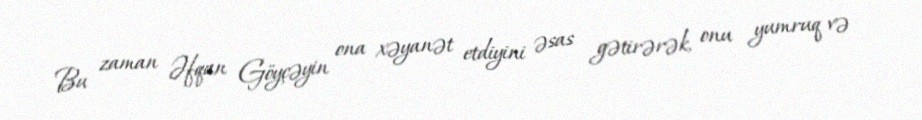
Bu zaman Əfqan Göyçəyin ona xəyanət etdiyini əsas gətirərək, onu yumruq və